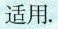
适用。